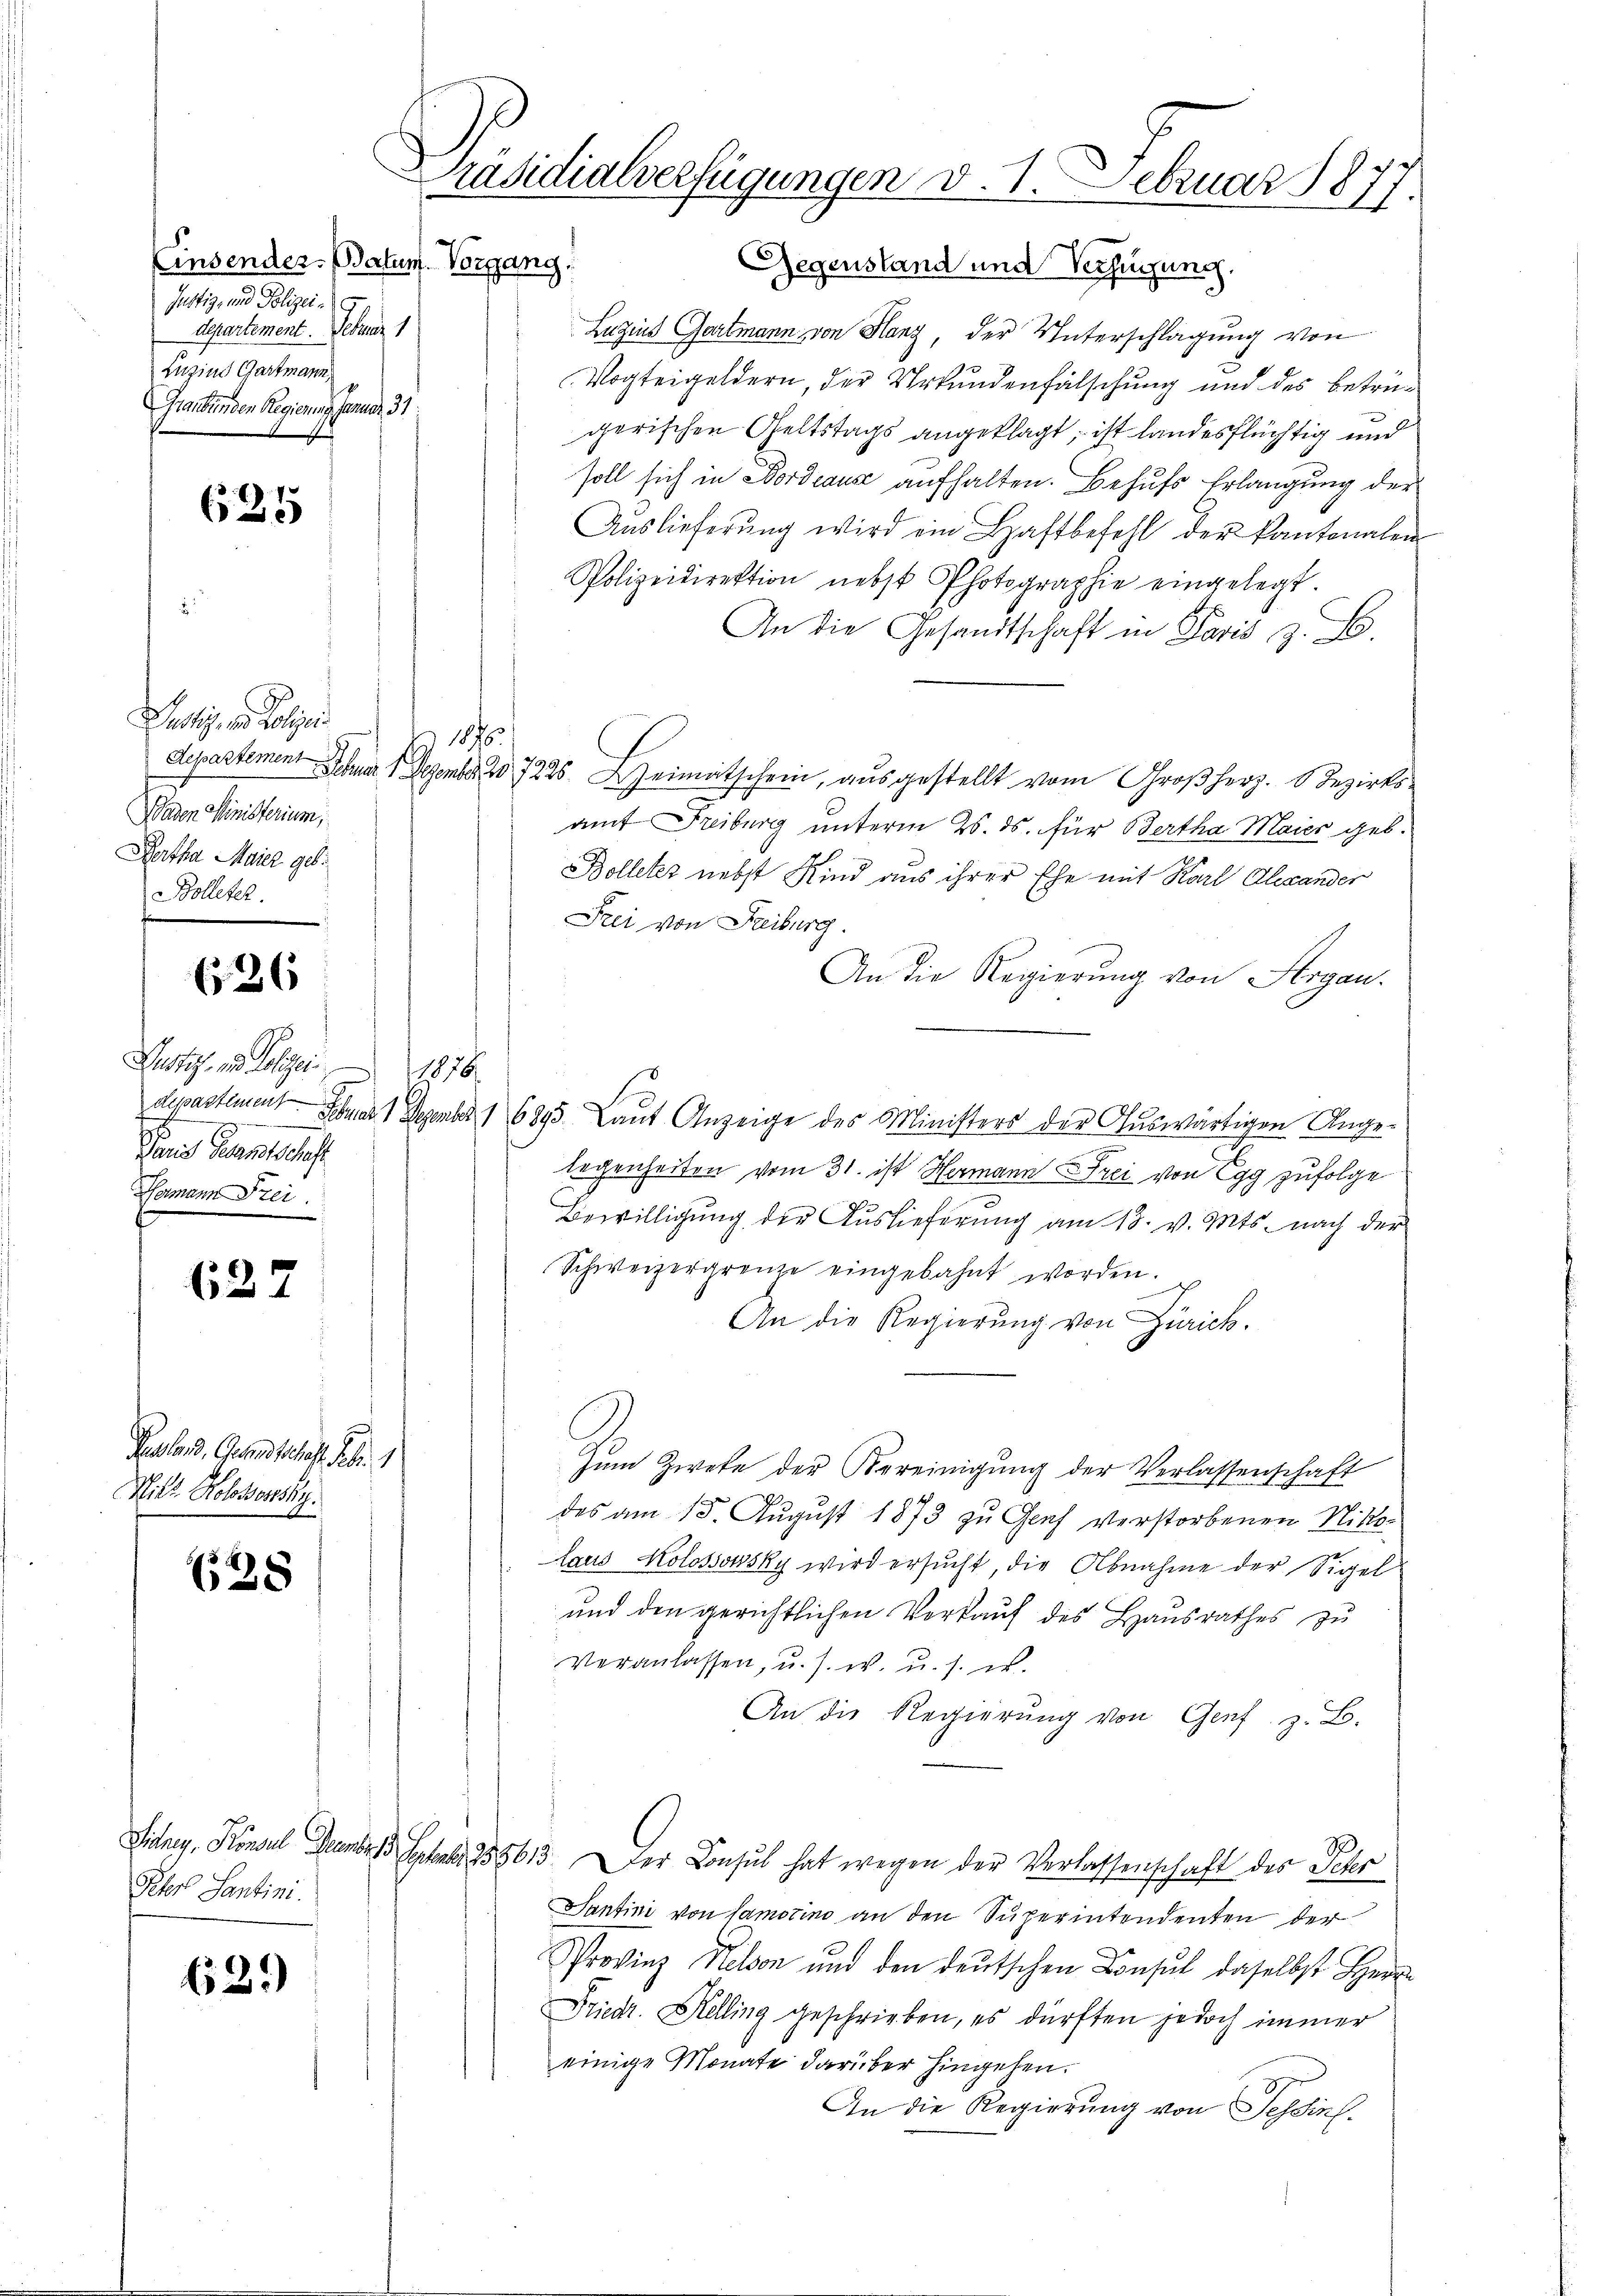
Einsender. Batum. Vorgang.
Justiz- und Polizei-
departement. Februar 1
Luzins Gartmann
Graubünden Regierung, Januar 31:

625

Justiz, u. Polizei
Waden Ministerium,
Pertha Meier geb.
Bolleter.

26

Rustiz- und Polizei 1876
Paris Gesamtschaft
Hamann Frei

637

Presland, Grandschaft 26. 1
Nitt. Kolokostsky.
638

Peter Santini.

62.)

Präsidialverfügungen v. 1. Februar 1817.

Gegenstand und Verfügung.
Luzins Gartmann, von Hanz, der Unterschlagung von
Vogteigeldern, der Urkundenfälschung und des betrügerischen Geltstags angeklagt, ist landesflüchtig und
soll sich in Bordeause aufhalten. Behufs Erlangung der
Auslieferung wird ein Haftbefehl der Kantonalen
Polizeidirektion nebst Photographie eingelegt.
An die Gesandtschaft in Paris z. B.
 1875
departement Schner 1 Dezember 20. 7226. Heimatschein, ausgestellt vom Großherz. Bezirksamt Freiburg unterm 25. ds. für Bertha Maier geb.
Bolleter nebst Kind aus ihrer Ehe mit Karl Alexander
Frei von Freiburg.
An die Regierung von Argau.
dpastament Februar 1 Dezember 1 6895. Laut Anzeige des Ministers der Auswärtigen Angelegenheiten vom 31. ist Hermann Frei von Egg zufolge
3
9
Bewilligung der Auslieferung am 18. v. Mts. nach der
Schweizergrenze eingebahnt worden.
An die Regierung von Zürich.
Zum Zwete der Vereinigung der Verlassenschaft
des am 15. August 1873 zu Genf verstorbenen Nikolaus Kolossowsky wird ersucht, die Abnahme der Sigel
und den gerichtlichen Verkauf des Hausrathes zu
Veranlassen, u. s. w. u. s. w.
An die Regierung von Genf z. B.
Sidney, Konsul Dann 13. Septbr. 255613. Der Consul hat wegen der Verlassenschaft des Fehr
Santini von Samocino an den Superintendenten der
Provinz Helson und den deutschen Consul daselbst Herrn
Friedr. Helling geschrieben, es dürften jedoch immer
einige Monate darüber hingehen.
An die Regierung von Tessin.